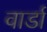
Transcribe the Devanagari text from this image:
वार्डा